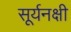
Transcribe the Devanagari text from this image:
सूर्यनक्षी